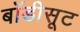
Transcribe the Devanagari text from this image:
बॉडीसूट